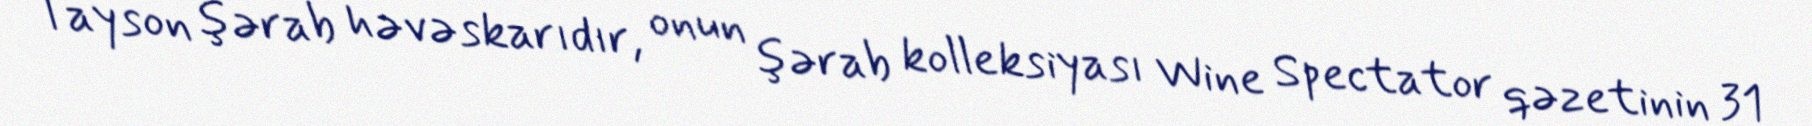
Tayson şərab həvəskarıdır, onun şərab kolleksiyası Wine Spectator qəzetinin 31